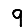
Digit: 9